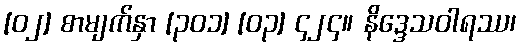
[၀၂] စာမျက်နှာ [၃၀၁] [၀၃] ၄၂၄။ နိဒ္ဒေသဝါရဿ၊